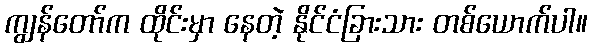
ကျွန်တော်က ထိုင်းမှာ နေတဲ့ နိုင်ငံခြားသား တစ်ယောက်ပါ။